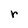
Character: r